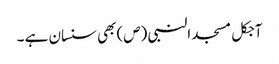
آجکل مسجد النبی (ص) بھی سنسان ہے ۔